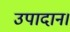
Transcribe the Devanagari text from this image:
उपादान।